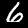
Digit: 6